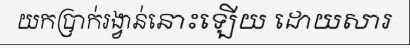
យកប្រាក់រង្វាន់នោះឡើយ ដោយសារ